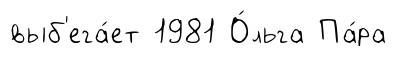
выб'ега́ет 1981 О́льга Па́ра